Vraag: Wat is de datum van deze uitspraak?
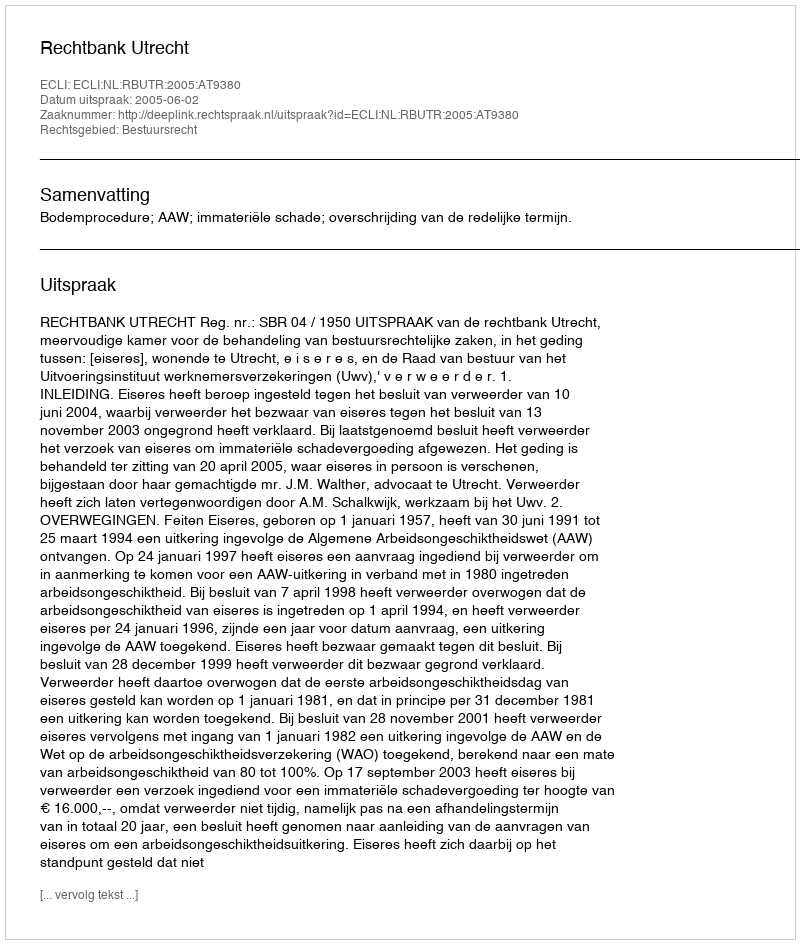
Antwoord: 2005-06-02